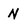
Character: N